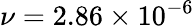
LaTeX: \nu=2.86\times 10^{-6}